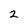
Character: 2